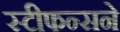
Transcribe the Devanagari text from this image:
स्टीफन्सने